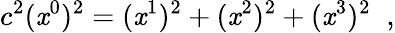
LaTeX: c^{2}(\mathit{x}^{0})^{2}=(\mathit{x}^{1})^{2}+(\mathit{x}^{2})^{2}+(\mathit{x}^{3})^{2}\; \; ,